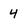
Character: 4